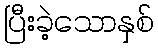
ပြီးခဲ့သောနှစ်